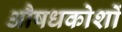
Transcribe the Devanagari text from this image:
औषधकोशों